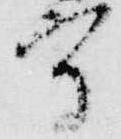
守